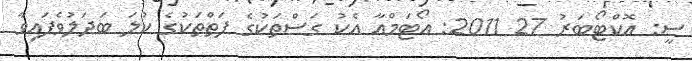
ސީ: އޮކްޓޯބަރު 27 2011: އޯޓަމްއާ އެކު ގަސްތަކުގެ ފަތްތަކުގެ ކުލަ ބަދަލުވެފައިވާ